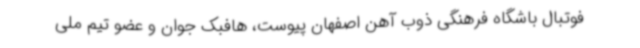
فوتبال باشگاه فرهنگی ذوب آهن اصفهان پیوست، هافبک جوان و عضو تیم ملی